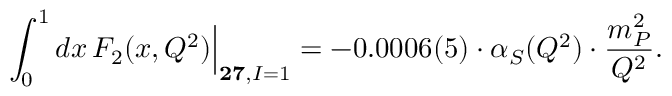
\int _ { 0 } ^ { 1 } d x \, F _ { 2 } ( x , Q ^ { 2 } ) \Big | _ { { \bf 2 7 } , I = 1 } = - 0 . 0 0 0 6 ( 5 ) \cdot \alpha _ { S } ( Q ^ { 2 } ) \cdot \frac { m _ { P } ^ { 2 } } { Q ^ { 2 } } .